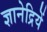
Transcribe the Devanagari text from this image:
ज्ञानेद्रियें